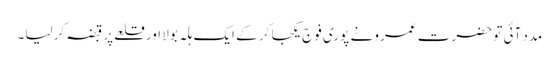
مدد آئی تو حضرت عمرو نے پوری فوج یکجا کر کے ایک ہلہ بولا اور قلعے پر قبضہ کر لیا۔